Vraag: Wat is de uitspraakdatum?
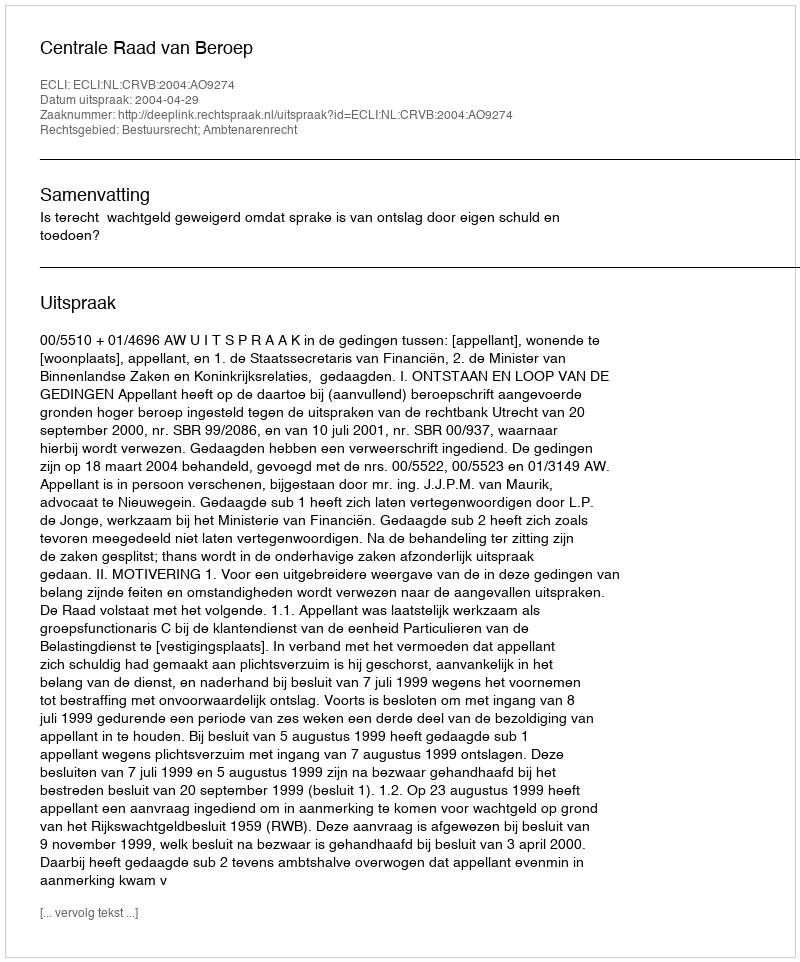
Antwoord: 2004-04-29